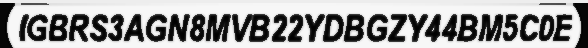
IGBRS3AGN8MVB22YDBGZY44BM5C0E